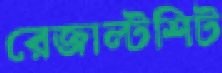
রেজাল্টশিট